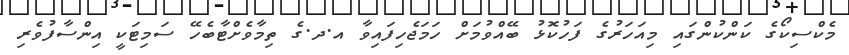
މެކްސިކޯގެ ކަންކުންގައި މިއަހަރުގެ ފަހުކޮޅު ބޭއްވުމަށް ހަމަޖެހިފައިވާ އ.ދ.ގެ ތިމާވެށްޓާބެހޭ ސަމިޓަކީ އިންސާފުވެރި